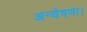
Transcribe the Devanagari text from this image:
अन्वेषणा।